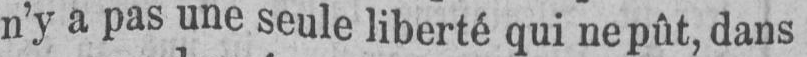
n’y a pas une seule liberté qui ne pût, dans